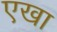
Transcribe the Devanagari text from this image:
एखा